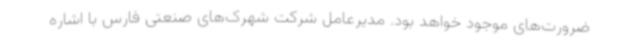
ضرورت‌های موجود خواهد بود. مدیرعامل شرکت شهرک‌های صنعتی فارس با اشاره